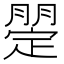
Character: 𣎡